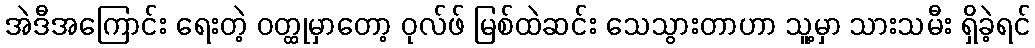
အဲဒီအကြောင်း ရေးတဲ့ ဝတ္ထုမှာတော့ ဝုလ်ဖ် မြစ်ထဲဆင်း သေသွားတာဟာ သူ့မှာ သားသမီး ရှိခဲ့ရင်